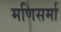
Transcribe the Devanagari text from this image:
मणिसर्मा